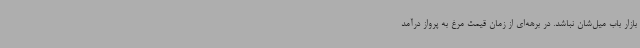
بازار باب میل‌شان نباشد. در برهه‌ای از زمان قیمت مرغ به پرواز درآمد